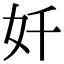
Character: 奷